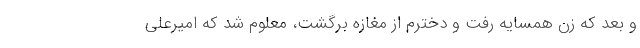
و بعد که زن همسایه رفت و دخترم از مغازه برگشت، معلوم شد که امیرعلی